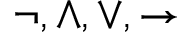
\neg , \land , \lor , \rightarrow